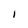
Character: 1